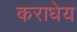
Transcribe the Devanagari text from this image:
कराधेय